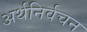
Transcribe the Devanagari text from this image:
अर्थनिर्वचन